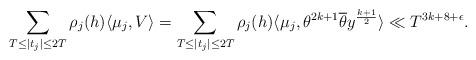
LaTeX: \begin{align*} \sum_{T \leq \lvert t_j \rvert \leq 2T} \rho_j(h) \langle \mu_j, V \rangle = \sum_{T \leq \lvert t_j \rvert \leq 2T} \rho_j(h) \langle \mu_j, \theta^{2k+1} \overline{\theta} y^{\frac{k+1}{2}} \rangle \ll T^{3k + 8 + \epsilon}. \end{align*}